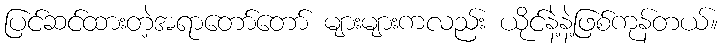
ပြင်ဆင်ထားတဲ့အရာတော်တော် များများကလည်း ယိုင်နဲ့နဲ့ဖြစ်ကုန်တယ်။